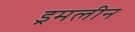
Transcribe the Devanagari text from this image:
ड्रमलीन